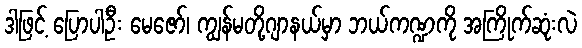
ဒါဖြင့် ပြောပါဦး မေဇော်၊ ကျွန်မတို့ဂျာနယ်မှာ ဘယ်ကဏ္ဍကို အကြိုက်ဆုံးလဲ